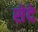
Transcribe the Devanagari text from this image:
सेदे